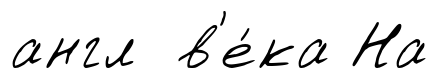
англ в'е́ка На